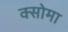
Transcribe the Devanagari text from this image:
क्सोमा